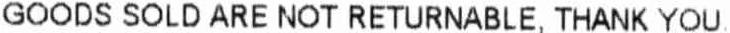
GOODS SOLD ARE NOT RETURNABLE, THANK YOU.